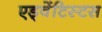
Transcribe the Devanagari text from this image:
एड्वेंटिस्टस